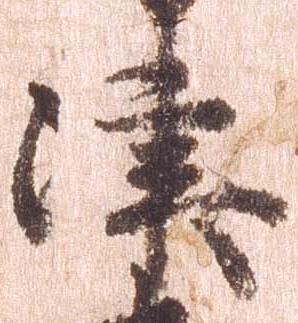
津